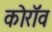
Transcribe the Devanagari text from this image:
कोरॉव